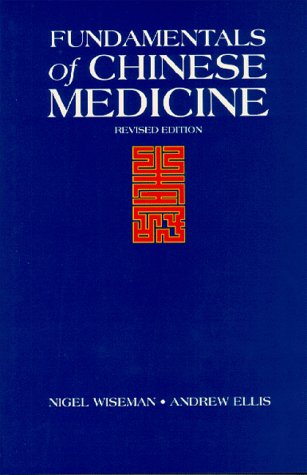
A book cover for Fundamentals of Chinese Medicine =: Zhong Yi Xue Ji Chu (Paradigm title); Medical Books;